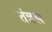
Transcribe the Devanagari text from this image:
तंत्रस